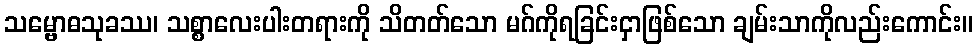
သမ္ဗောဓသုခဿ၊ သစ္စာလေးပါးတရားကို သိတတ်သော မဂ်ကိုရခြင်းငှာဖြစ်သော ချမ်းသာကိုလည်းကောင်း။